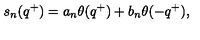
s _ { n } ( q ^ { + } ) = a _ { n } \theta ( q ^ { + } ) + b _ { n } \theta ( - q ^ { + } ) ,